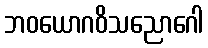
ဘဝယောဂဝိသညောဂေါ